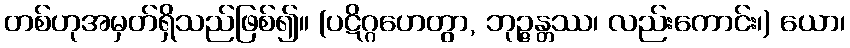
တစ်ဟုအမှတ်ရှိသည်ဖြစ်၍။ (ပဋိဂ္ဂဟေတွာ, ဘုဉ္ဇန္တဿ၊ လည်းကောင်း၊) ယော၊